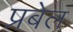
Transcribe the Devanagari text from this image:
प्रबेल